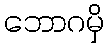
ဘောဂမှိ